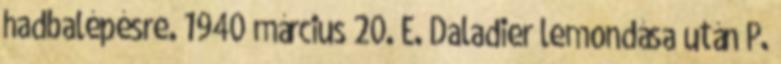
hadbalépésre. 1940 március 20. E. Daladier lemondása után P.